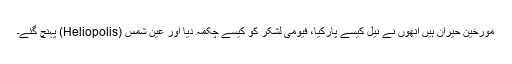
مورخین حیران ہیں انھوں نے نیل کیسے پارکیا، فیومی لشکر کو کیسے چکمہ دیا اور عین شمس (Heliopolis) پہنچ گئے۔